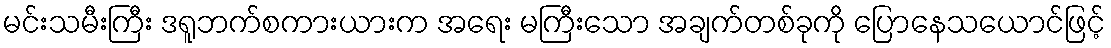
မင်းသမီးကြီး ဒရူဘက်စကားယားက အရေး မကြီးသော အချက်တစ်ခုကို ပြောနေသယောင်ဖြင့်